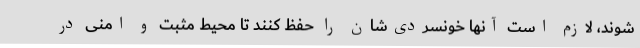
شوند، لازم است آنها خونسردی‌شان را حفظ کنند تا محیط مثبت و امنی در